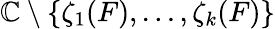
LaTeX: \mathbb{C}\setminus\{ \zeta_{1}(F),\ldots,\zeta_{k}(F)\}